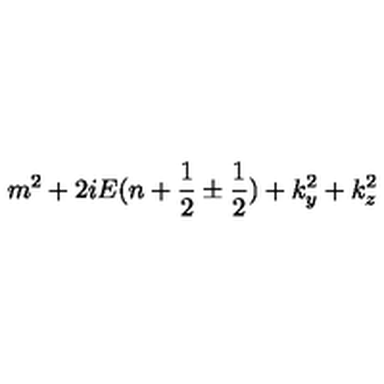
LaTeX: m ^ { 2 } + 2 i E ( n + { \frac { 1 } { 2 } } \pm { \frac { 1 } { 2 } } ) + k _ { y } ^ { 2 } + k _ { z } ^ { 2 }